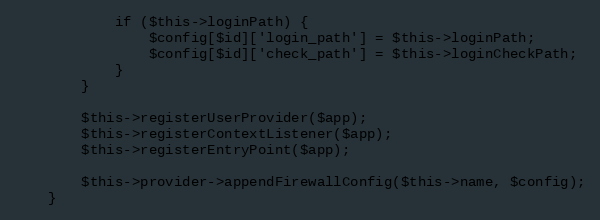
Language: PHP
            if ($this->loginPath) {
                $config[$id]['login_path'] = $this->loginPath;
                $config[$id]['check_path'] = $this->loginCheckPath;
            }
        }

        $this->registerUserProvider($app);
        $this->registerContextListener($app);
        $this->registerEntryPoint($app);

        $this->provider->appendFirewallConfig($this->name, $config);
    }